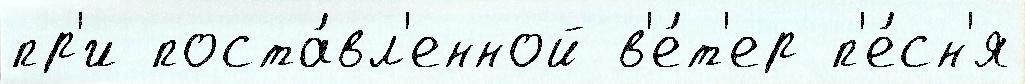
пр'и поста́вл'енной в'е́т'ер п'е́сн'я